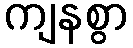
ကျနစွာ